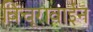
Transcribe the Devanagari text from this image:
विंचूरावाईन